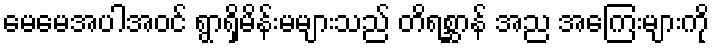
မေမေအပါအဝင် ရွာရှိမိန်းမများသည် တိရစ္ဆာန် အည အကြေးများကို